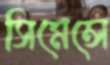
সিমেন্সে